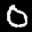
Label: 0